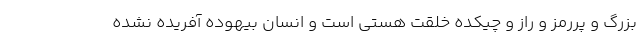
بزرگ و پررمز و راز و چیکده خلقت هستی است و انسان بیهوده آفریده نشده